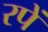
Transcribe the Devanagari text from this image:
रपें